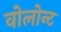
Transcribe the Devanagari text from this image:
वोलोन्ट